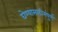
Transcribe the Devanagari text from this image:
घेण्यासाठीसंपूर्ण